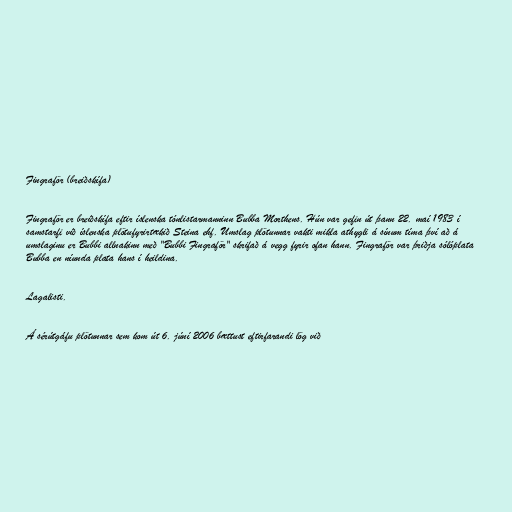
Fingraför (breiðskífa)

Fingraför er breiðskífa eftir íslenska tónlistarmanninn Bubba Morthens. Hún var gefin út þann 22. maí 1983 í
samstarfi við íslenska plötufyrirtækið Steina ehf. Umslag plötunnar vakti mikla athygli á sínum tíma því að á
umslaginu er Bubbi allnakinn með "Bubbi Fingraför" skrifað á vegg fyrir ofan hann. Fingraför var þriðja sólóplata
Bubba en níunda plata hans í heildina.

Lagalisti.

Á sérútgáfu plötunnar sem kom út 6. júní 2006 bættust eftirfarandi lög við